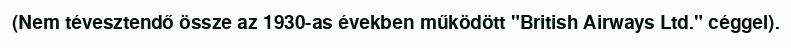
(Nem tévesztendő össze az 1930-as években működött "British Airways Ltd." céggel).